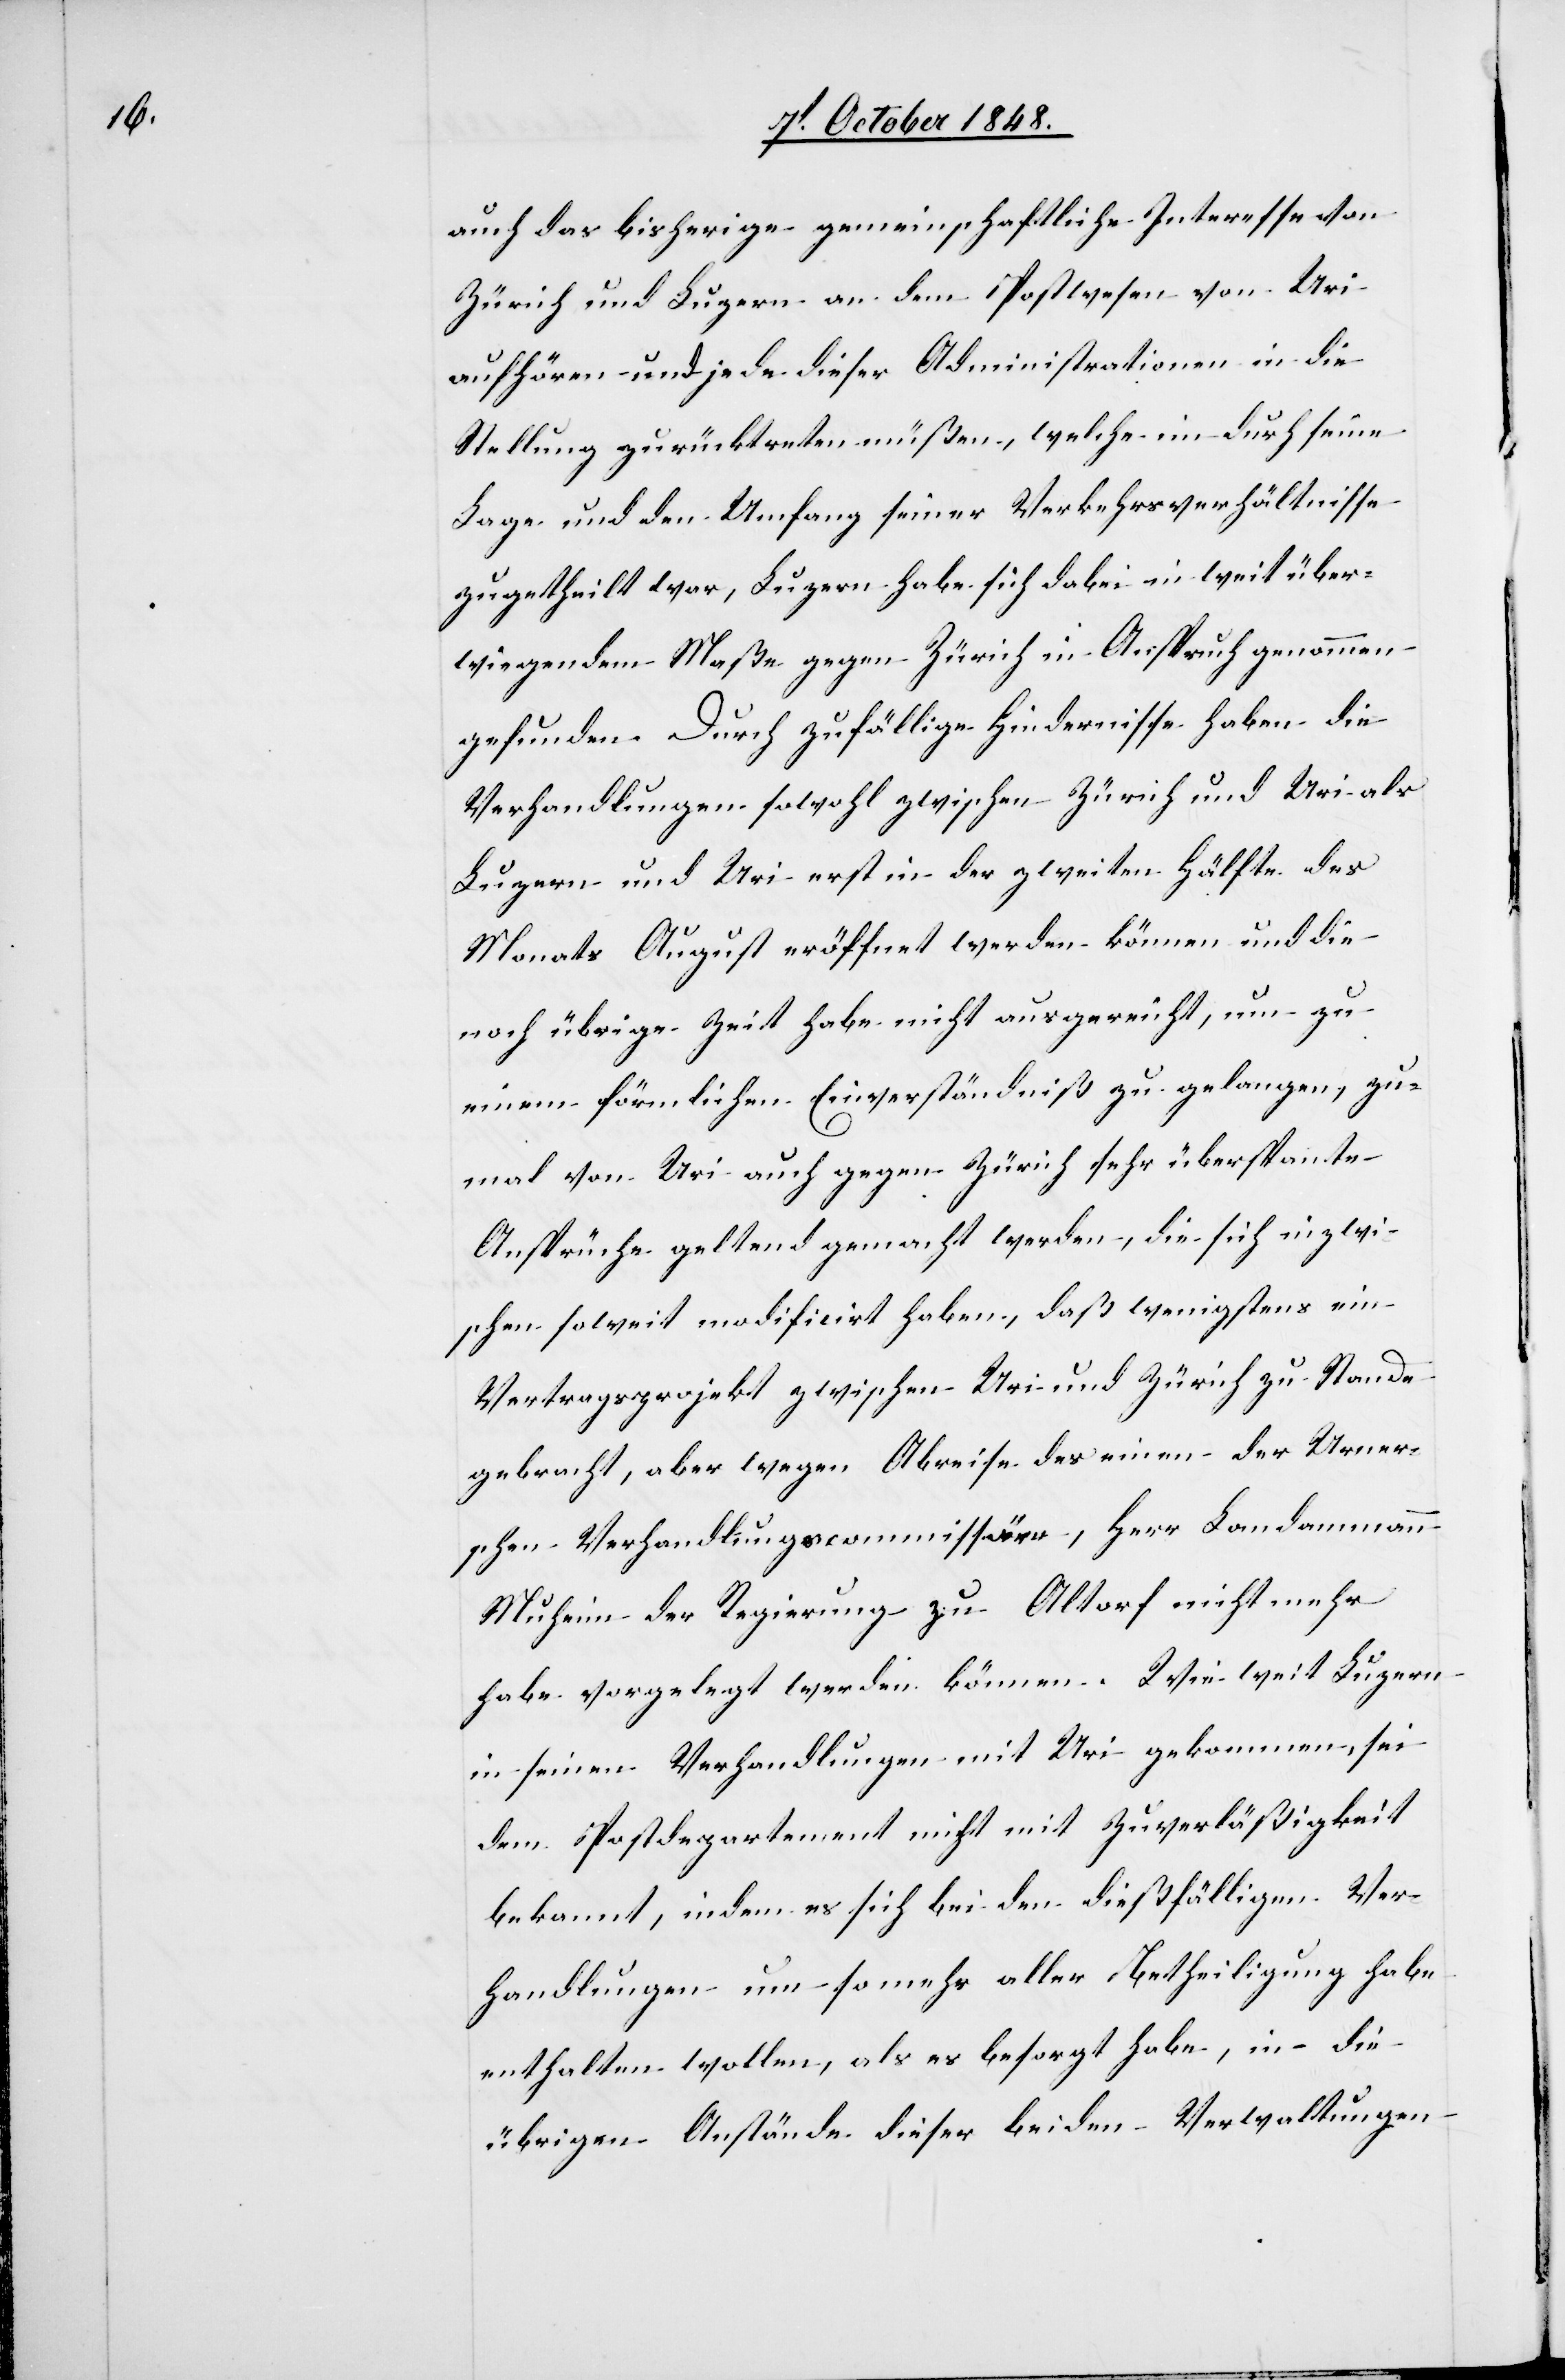
auch das bisherige gemeinschaftliche Interesse von
Zürich und Luzern an dem Postwesen von Uri
aufhören und jede dieser Administrationen in die
Stellung zurücktreten müßen, welche i[h]m durch seine
Lage und den Umfang seiner Verkehrsverhältnisse
zugetheilt war, Luzern habe sich dabei in weit über¬
wiegendem Maße gegen Zürich in Anspruch genommen
gefunden. Durch zufällige Hindernisse haben die
Verhandlungen sowohl zwischen Zürich und Uri als
Luzern und Uri erst in der zweite Hälfte des
Monats August eröffnet werden können und die
noch übrige Zeit habe nicht ausgereicht, um zu
einem förmlichen Einverständniß zu gelangen, zu¬
mal von Uri auch gegen Zürich sehr überspante
Ansprüche geltend gemacht werden, die sich inzwi¬
schen soweit midificirt haben, daß wenigstens ein
Vertragsprojekt zwischen Uri und Zürich zu Stande
gebracht, aber wegen Abreise des einen der Urner¬
schen Verhandlungscommissäre, Herr Landammann
Muheim der Regierung zu Altorf nicht mehr
habe vorgelegt werden können. Wie weit Luzern
in seinen Verhandlungen mit Uri gekommen, sei
dem Postdepartement nicht mit Zuverläßigkeit
bekannt, indem es sich bei den dießfälligen Ver¬
handlungen um so mehr aller Betheiligung habe
enthalten wollen, als es besorgt habe, in die
übrigen Anstände dieser beiden Verwaltungen